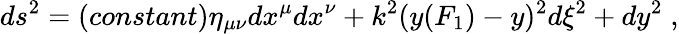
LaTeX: ds^{2}=(constant)\eta_{\mu\nu}dx^{\mu}dx^{\nu}+k^{2}(y(F_{1})-y)^{2}d\xi^{2}+dy^{2}\; ,